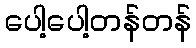
ပေါ့ပေါ့တန်တန်